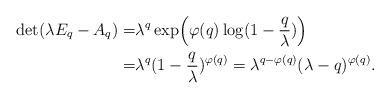
LaTeX: \begin{align*}\det(\lambda E_q-A_q)=& \lambda^q \exp \Bigl(\varphi(q) \log(1-\frac{q}{\lambda}) \Bigr) \\ =& \lambda^q (1-\frac{q}{\lambda})^{\varphi(q)} = \lambda^{q-\varphi(q)} (\lambda -q)^{\varphi(q)}. \end{align*}